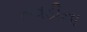
તવડીના